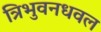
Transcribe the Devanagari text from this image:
त्रिभुवनधवल